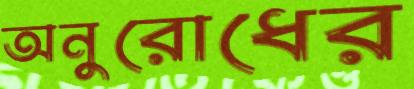
অনুরোধের